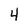
Character: 4